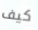
كيف